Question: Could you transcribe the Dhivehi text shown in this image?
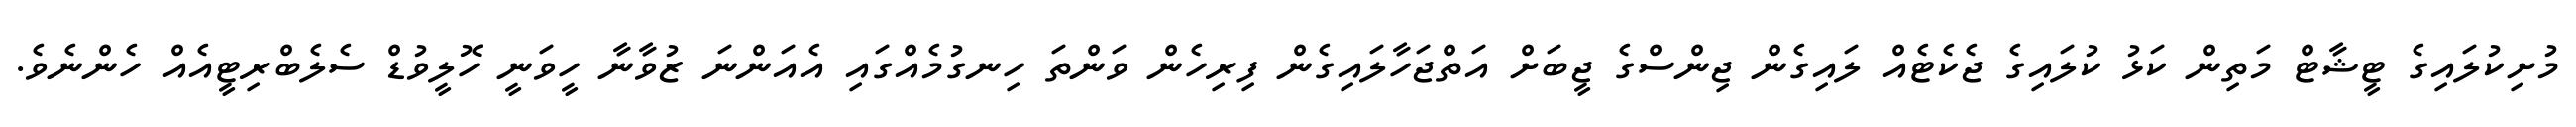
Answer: މުށިކުލައިގެ ޓީޝާޓް މަތިން ކަޅު ކުލައިގެ ޖެކެޓެއް ލައިގެން ޖިންސްގެ ޖީބަށް އަތްޖަހާލައިގެން ފިރިހެން ވަންތަ ހިނގުމެއްގައި އެއަންނަ ޒުވާނާ ހީވަނީ ހޮލީވުޑް ސެލެބްރިޓީއެއް ހެންނެވެ.